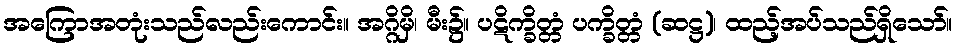
အကြောအတုံးသည်လည်းကောင်း။ အဂ္ဂိမှိ၊ မီး၌။ ပဋိက္ခိတ္တံ ပက္ခိတ္တံ (ဆဋ္ဌ)၊ ထည့်အပ်သည်ရှိသော်။